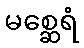
မစ္ဆေရံ